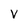
Character: V